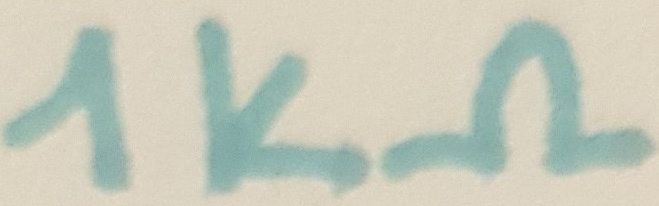
Text: 1kΩ